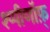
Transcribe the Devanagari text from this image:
श्प्पीणॉफ़्